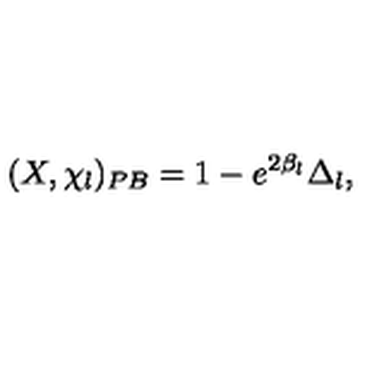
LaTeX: ( X , \chi _ { l } ) _ { P B } = 1 - e ^ { 2 \beta _ { l } } \Delta _ { l } ,